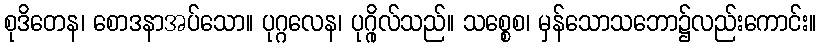
စုဒိတေန၊ စောဒနာအပ်သော။ ပုဂ္ဂလေန၊ ပုဂ္ဂိုလ်သည်။ သစ္စေစ၊ မှန်သောသဘော၌လည်းကောင်း။